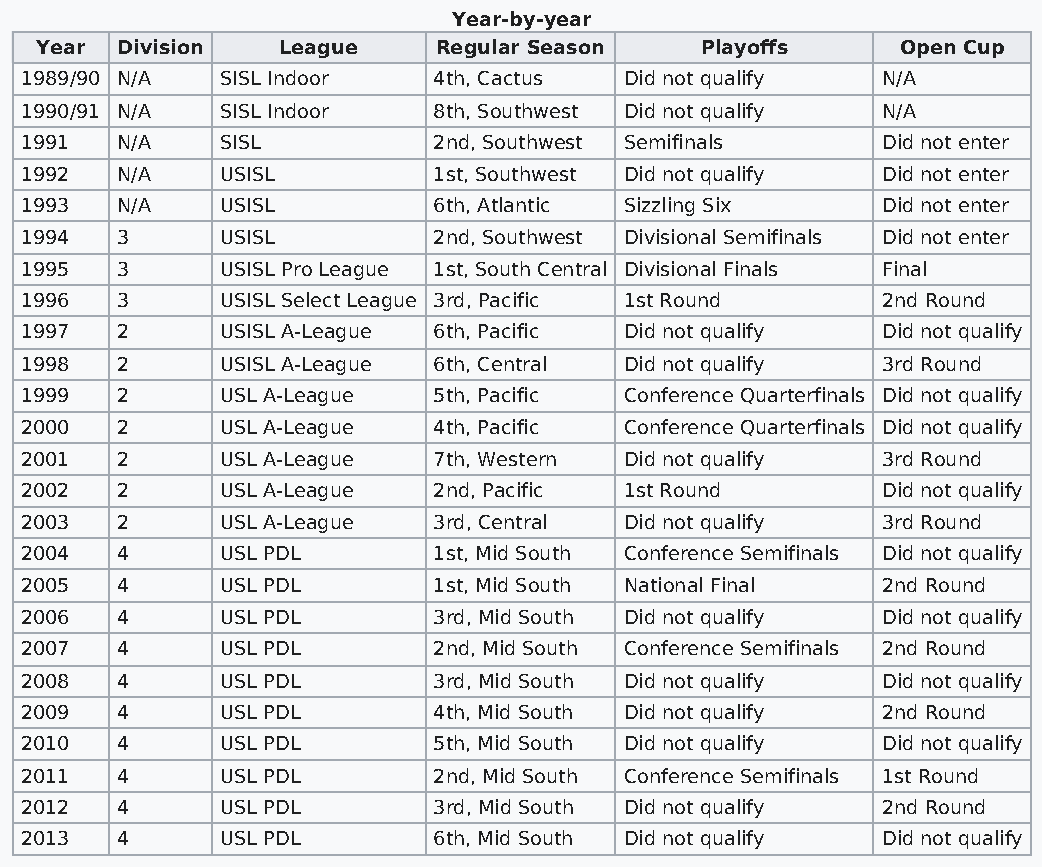
Year-by-year
 Year  Division  League     Regular Season   Playoffs      Open Cup
 1989/90 N/A   SISL Indoor   4th, Cactus Did not qualify  N/A
 1990/91 N/A   SISL Indoor   8th, Southwest Did not qualify N/A
 1991   N/A    SISL          2nd, Southwest Semifinals    Did not enter
 1992   N/A    USISL         1st, Southwest Did not qualify Did not enter
 1993   N/A    USISL         6th, Atlantic Sizzling Six   Did not enter
 1994   3      USISL         2nd, Southwest Divisional Semifinals Did not enter
 1995   3      USISL Pro League 1st, South Central Divisional Finals Final
 1996   3      USISL Select League 3rd, Pacific 1st Round 2nd Round
 1997   2      USISL A-League 6th, Pacific Did not qualify Did not qualify
 1998   2      USISL A-League 6th, Central Did not qualify 3rd Round
 1999   2      USL A-League  5th, Pacific Conference Quarterfinals Did not qualify
 2000   2      USL A-League  4th, Pacific Conference Quarterfinals Did not qualify
 2001   2      USL A-League  7th, Western Did not qualify 3rd Round
 2002   2      USL A-League  2nd, Pacific 1st Round       Did not qualify
 2003   2      USL A-League  3rd, Central Did not qualify 3rd Round
 2004   4      USL PDL       1st, Mid South Conference Semifinals Did not qualify
 2005   4      USL PDL       1st, Mid South National Final 2nd Round
 2006   4      USL PDL       3rd, Mid South Did not qualify Did not qualify
 2007   4      USL PDL       2nd, Mid South Conference Semifinals 2nd Round
 2008   4      USL PDL       3rd, Mid South Did not qualify Did not qualify
 2009   4      USL PDL       4th, Mid South Did not qualify 2nd Round
 2010   4      USL PDL       5th, Mid South Did not qualify Did not qualify
 2011   4      USL PDL       2nd, Mid South Conference Semifinals 1st Round
 2012   4      USL PDL       3rd, Mid South Did not qualify 2nd Round
 2013   4      USL PDL       6th, Mid South Did not qualify Did not qualify